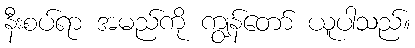
နီးစပ်ရာ အမည်ကို ကျွန်တော် ယူပါသည်။